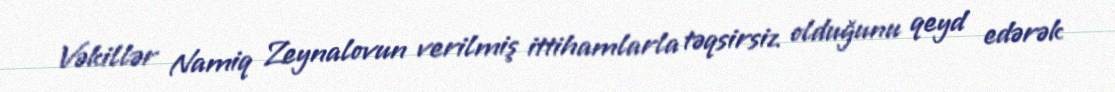
Vəkillər Namiq Zeynalovun verilmiş ittihamlarla təqsirsiz olduğunu qeyd edərək